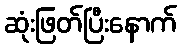
ဆုံးဖြတ်ပြီးနောက်